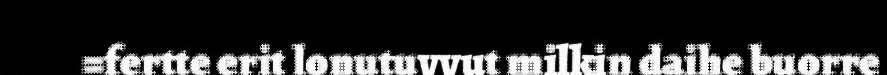
=fertte erit lonutuvvut milkin daihe buorre